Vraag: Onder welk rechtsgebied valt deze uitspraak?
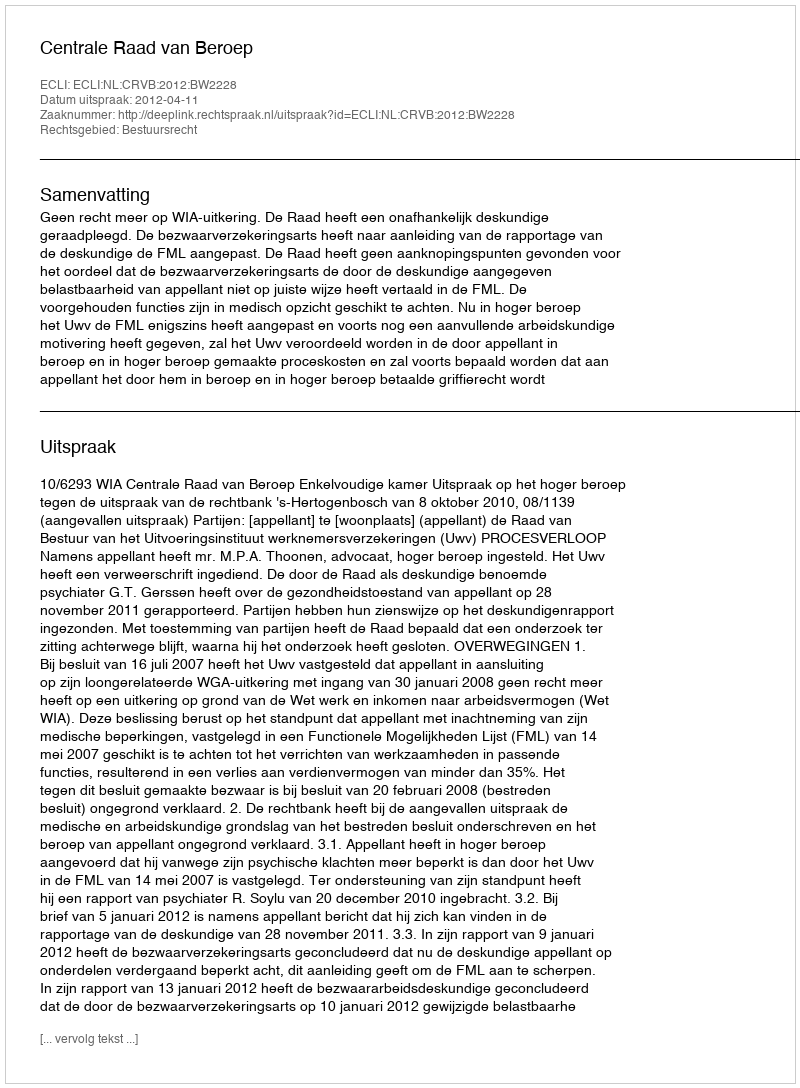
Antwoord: Bestuursrecht